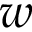
w